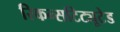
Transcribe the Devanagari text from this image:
रिकन्सटिट्यूटेड